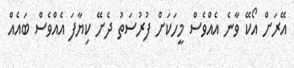
އޭރަށް އޯކޭ ވާނެ އެއްވެސް މީހަކަށް ފުރުސަތު ދެށޭ ކިޔާފަ އެއްވެސް ބައެއް